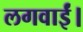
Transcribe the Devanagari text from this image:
लगवाईं।